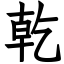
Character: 乾